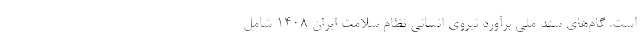
است. گام‌های سند ملی برآورد نیروی انسانی نظام سلامت ایران ۱۴۰۸ شامل